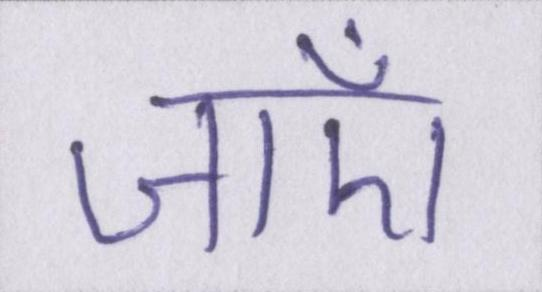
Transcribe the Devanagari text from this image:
जाएँ